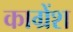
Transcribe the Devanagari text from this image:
काग्रेंश